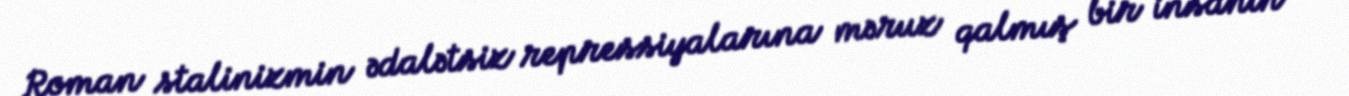
Roman stalinizmin ədalətsiz repressiyalarına məruz qalmış bir insanın